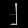
Digit: ၂